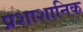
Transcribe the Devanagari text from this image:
प्रशाशानिक